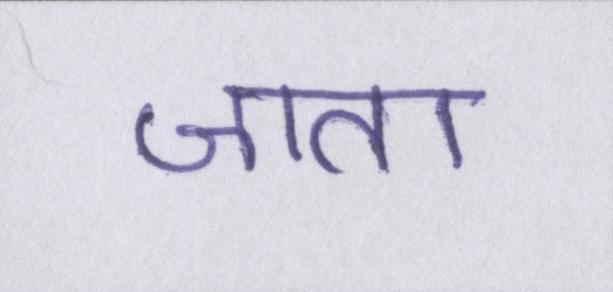
जाता